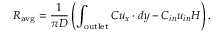
R _ { \mathrm { a v g } } = \frac { 1 } { \pi D } \left( \int _ { \mathrm { o u t l e t } } C u _ { x } \cdot d y - C _ { i n } u _ { i n } H \right) .